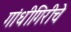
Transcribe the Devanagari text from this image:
गांधीगिरीचे